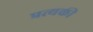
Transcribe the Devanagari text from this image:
प्रत्यकी